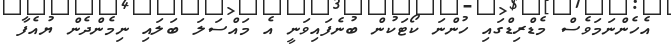
އެހެންނަމަވެސް މެޑްރިޑްގައި ހުންނަ ކޯޓަކުން ބުނެފައިވަނީ އެ މައްސަލަ ބަލައި ނިމެންދެން ޔުއެފާ